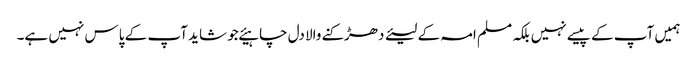
ہمیں آپ کے پیسے نہیں بلکہ مسلم امہ کے لیئے دھڑکنے والا دل چاہیئے جو شاید آپ کے پاس نہیں ہے۔